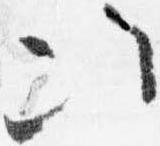
次